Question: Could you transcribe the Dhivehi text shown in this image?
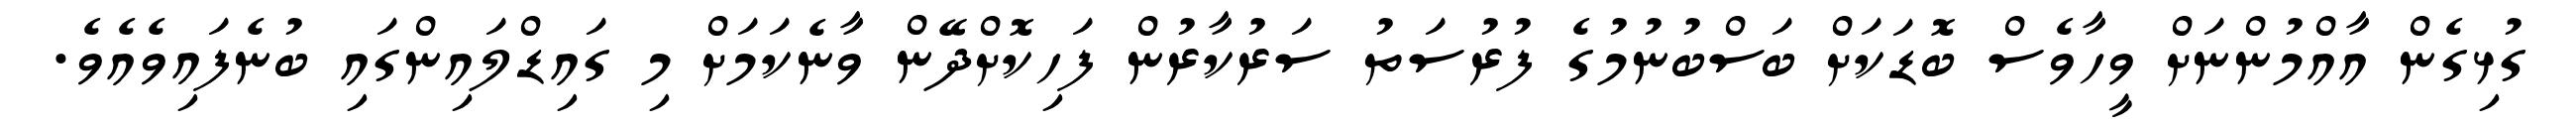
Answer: ގުޅިގެން އާއްމުންނަށް ވީހާވެސް ބޮޑަކަށް ބަސްބުނުމުގެ ފުރުސަތު ސަރުކާރުން ފަހިކޮށްދޭން ވާނެކަމަށް މި ގައިޑްލައިންގައި ބުނެފައިވެއެވެ.